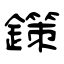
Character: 鏼